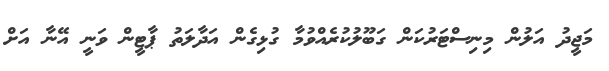
މަޖީދު އަލުން މިނިސްޓަރުކަން ގަބޫލުކުރެއްވުމާ ގުޅިގެން އަދާލަތު ޕާޓީން ވަނީ އޭނާ އަށް